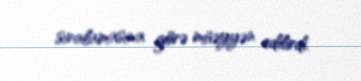
sıralamasına görə müəyyən edilirdi.